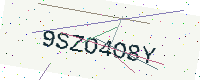
Text: 9SZO4O8Y